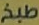
طبخ